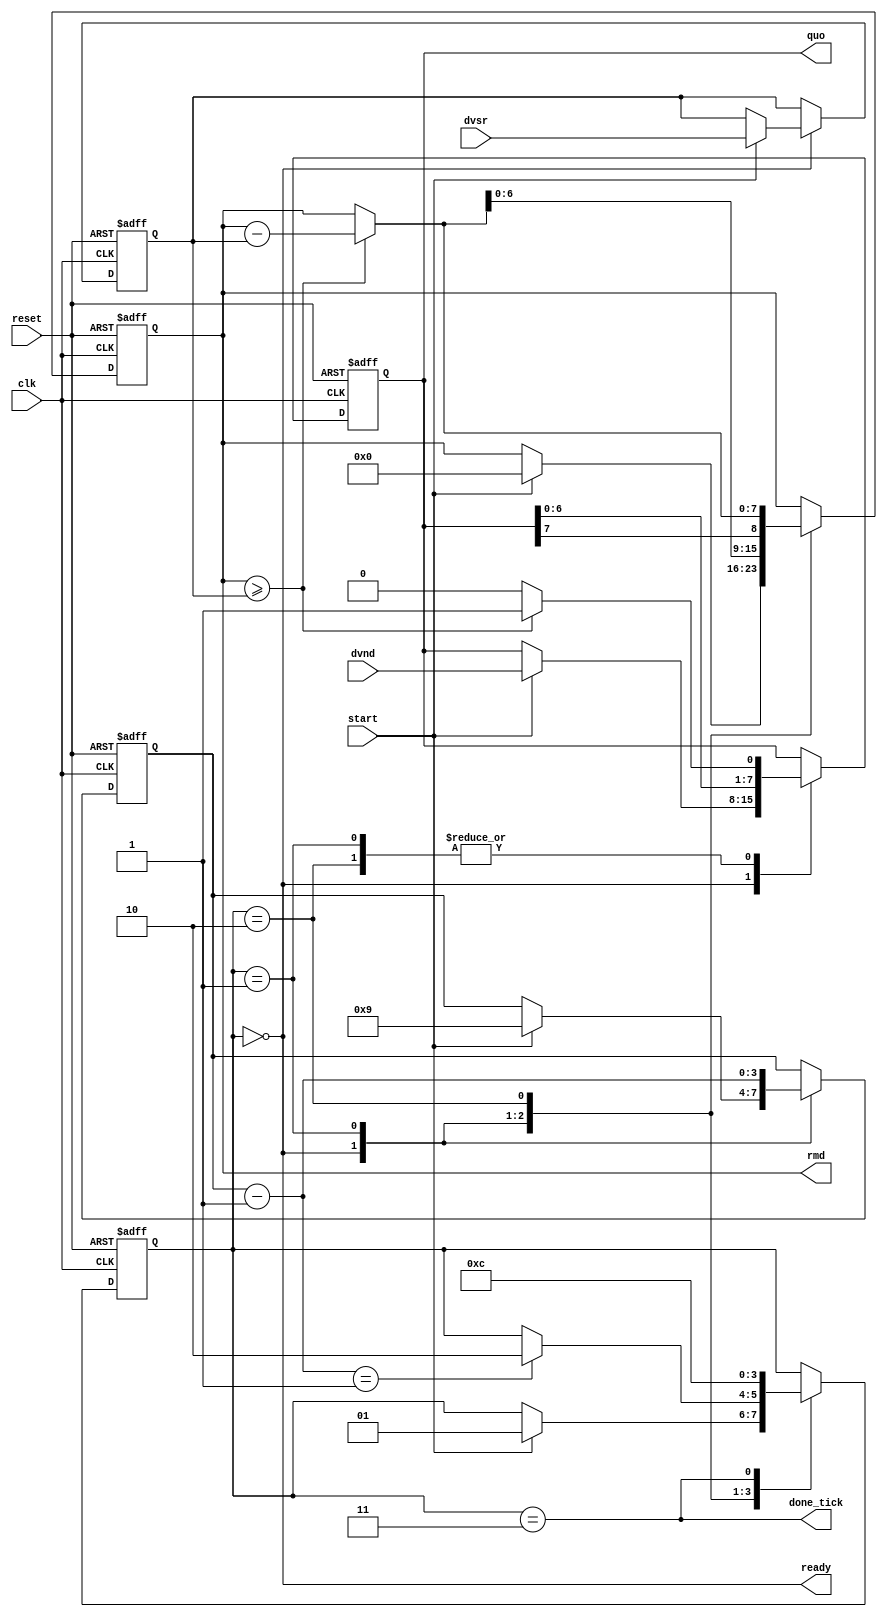
module div_combined
	#(
		parameter W = 8,
		          CBIT = 4	// CBIT = log2(W) + 1
	)
	(
		input wire clk, reset,
		input wire start,
		input wire [W-1:0] dvsr, dvnd,
		output wire ready, done_tick,
		output wire [W-1:0] quo, rmd
	);
	
	// symbolic state declaration
	localparam [1:0]
		idle = 2'b00,
		op   = 2'b01,
		last = 2'b10,
		done = 2'b11;
	
	// signal declaration
	reg [1:0] state_reg;
	reg [W-1:0] rh_reg, rl_reg, rh_tmp, d_reg;
	reg [CBIT-1:0] n_reg, n_next;
	reg q_bit;

	// fsmd registers and next-state logic
	always @(posedge clk, posedge reset)
	begin
		if (reset)
			begin
				state_reg <= idle;
				rh_reg <= 0;
				rl_reg <= 0;
				d_reg <= 0;
				n_reg <= 0;
			end
		else
			begin
				//===================================================
				// data path functional units
				// to get intermediate results
				//===================================================
				// compare and subtract circuit
				if (rh_reg >= d_reg)
					begin
						rh_tmp = rh_reg - d_reg;
						q_bit = 1'b1;
					end
				else
					begin
						rh_tmp = rh_reg;
						q_bit = 1'b0;
					end
				// index decrement circuit
				n_next = n_reg - 1;
				//===================================================
				// state and data registers and next-state logic
				//===================================================
				case (state_reg)
					idle:
						begin
							if (start)
								begin
									rh_reg <= 0;
									rl_reg <= dvnd;		// dividend
									d_reg <= dvsr;		// divisor
									n_reg <= W + 1;		// index
									state_reg <= op;
								end
						end
					op:
						begin
							// shift rh and rl left
							rl_reg <= {rl_reg[W-2:0], q_bit};
							rh_reg <= {rh_tmp[W-2:0], rl_reg[W-1]};
							// decrease index
							n_reg <= n_next;
							if (n_next == 1)
								state_reg <= last;
						end
					last:	// last iteration
						begin
							rl_reg <= {rl_reg[W-2:0], q_bit};
							rh_reg <= rh_tmp;
							state_reg <= done;
						end
					done:
						state_reg <= idle;
					default: state_reg <= idle;
				endcase
			end
		end

	// output
	assign quo = rl_reg;
	assign rmd = rh_reg;
	// unregistered output
	assign ready = (state_reg == idle);
	assign done_tick = (state_reg == done);
endmodule